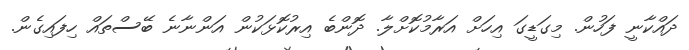
ދައްކާނީ ފަހުން. މިގަޑީގަ އިހަށް އަރާމުކޮށްލާ. ދޮންބެ އިރުކޮޅަކުން އަންނާނެ ބޭސްތައް ހިފައިގެން.